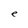
Character: e